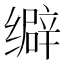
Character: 𦈞